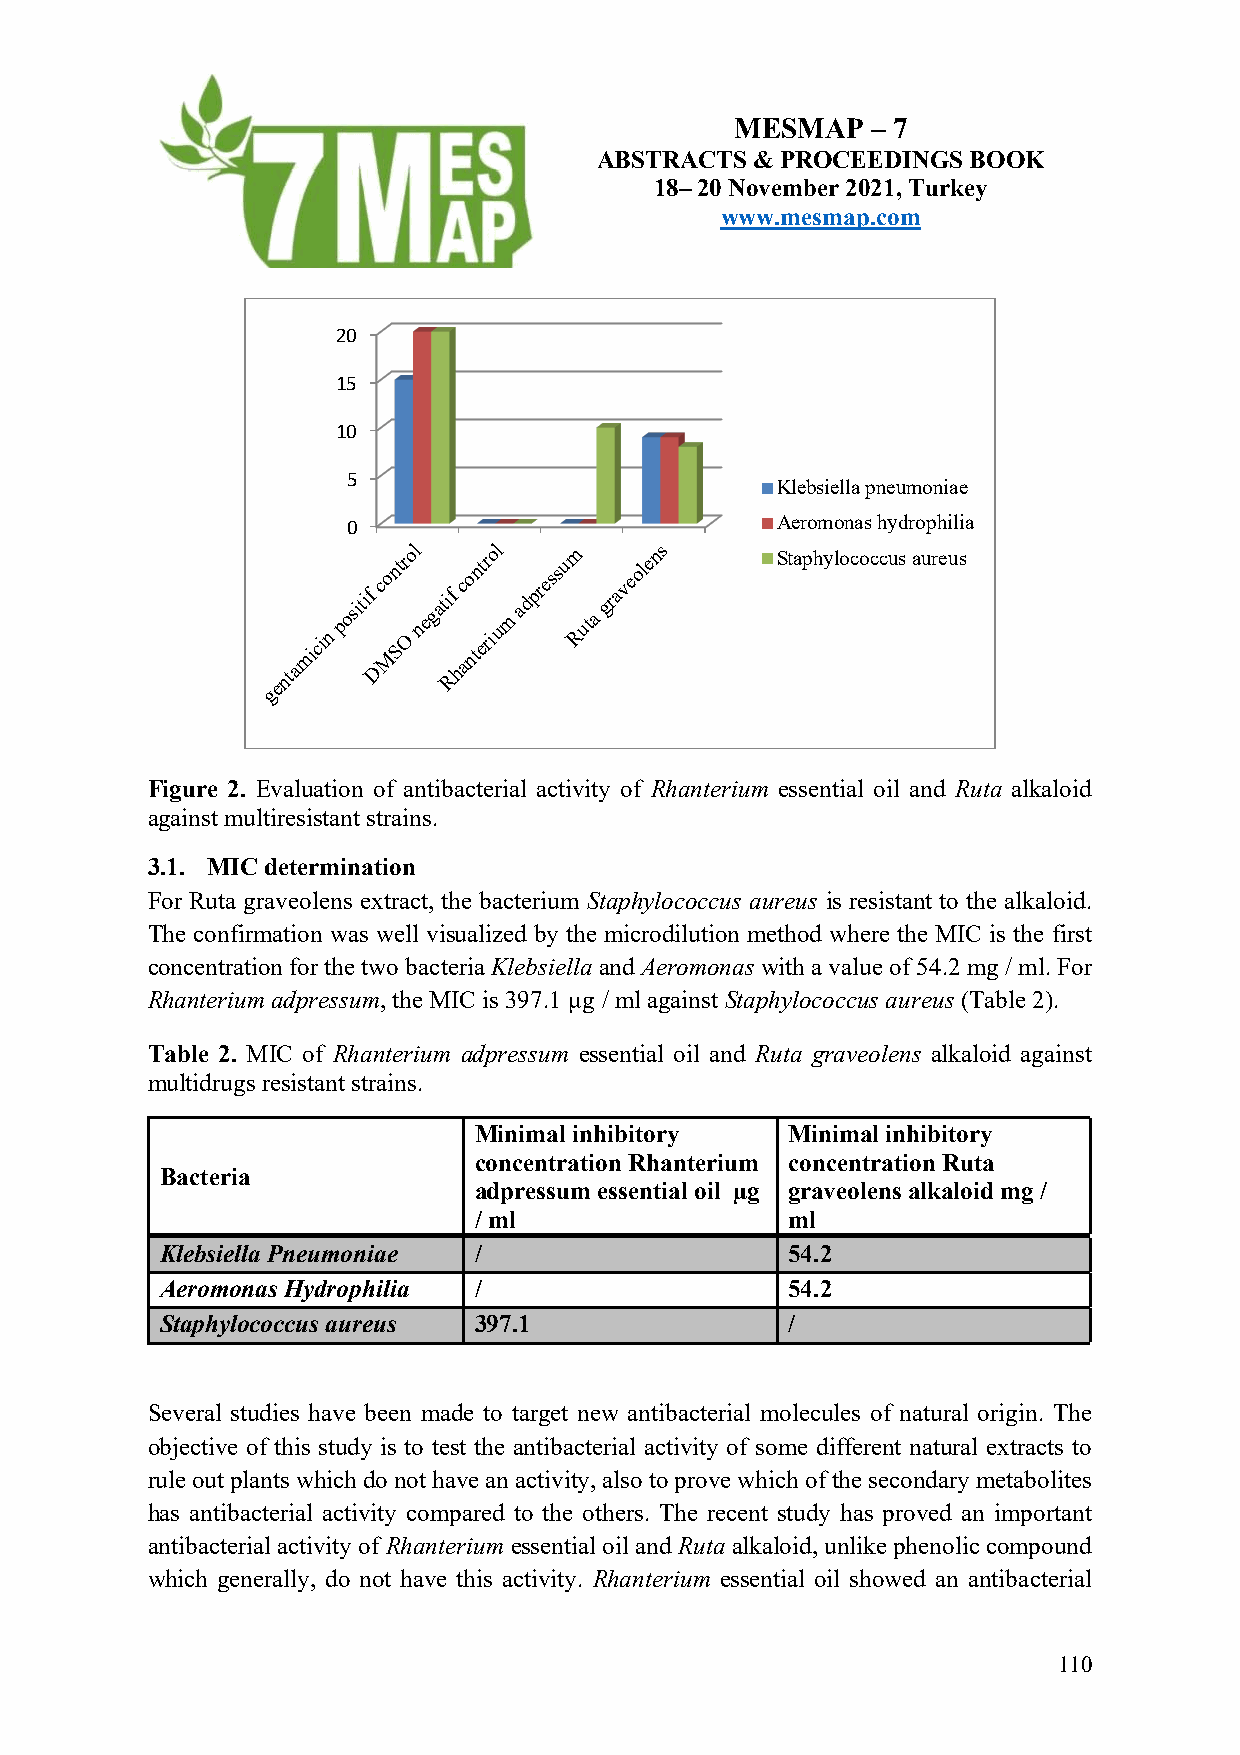
MESMAP   – 7
 ABSTRACTS  & PROCEEDINGS BOOK
 18– 20 November 2021, Turkey
 www.mesmap.com
 20
 15
 10
 5
 Klebsiella pneumoniae
 0                           Aeromonas hydrophilia
 micin
 positif
 co
 Mn Str
 O
 ol
 negatif
 co
 ntnt er riol
 um
 adpressum
 Ruta
 graveolens Staphylococcus aureus
 nta   D   Rha
 e
 g
 Figure 2. Evaluation of antibacterial activity of Rhanterium essential oil and Ruta alkaloid
 against multiresistant strains.
 3.1. MIC determination
 For Ruta graveolens extract, the bacterium Staphylococcus aureus is resistant to the alkaloid.
 The confirmation was well visualized by the microdilution method where the MIC is the first
 concentration for the two bacteria Klebsiella and Aeromonas with a value of 54.2 mg / ml. For
 Rhanterium adpressum, the MIC is 397.1 µg / ml against Staphylococcus aureus (Table 2).
 Table 2. MIC of Rhanterium adpressum essential oil and Ruta graveolens alkaloid against
 multidrugs resistant strains.
 Minimal inhibitory   Minimal inhibitory
 concentration Rhanterium concentration Ruta
 Bacteria
 adpressum essential oil µg graveolens alkaloid mg /
 / ml                 ml
 Klebsiella Pneumoniae /                  54.2
 Aeromonas Hydrophilia /                  54.2
 Staphylococcus aureus 397.1              /
 Several studies have been made to target new antibacterial molecules of natural origin. The
 objective of this study is to test the antibacterial activity of some different natural extracts to
 rule out plants which do not have an activity, also to prove which of the secondary metabolites
 has antibacterial activity compared to the others. The recent study has proved an important
 antibacterial activity of Rhanterium essential oil and Ruta alkaloid, unlike phenolic compound
 which generally, do not have this activity. Rhanterium essential oil showed an antibacterial
 110